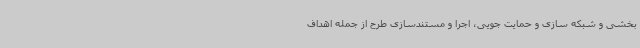
بخشی و شبکه سازی و حمایت جویی، اجرا و مستندسازی طرح از جمله اهداف